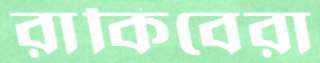
রাকিবেরা